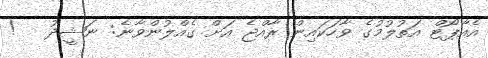
އެއާޕޯޓް އަތުލުމުގެ ވާހަކައިން ރާއްޖެ އަށް ގެއްލުންވާނެ: ނަޝީދު   !